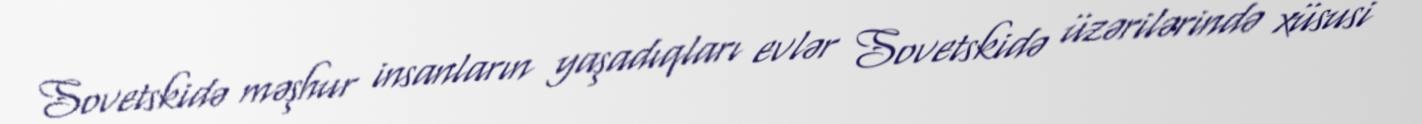
Sovetskidə məşhur insanların yaşadıqları evlər Sovetskidə üzərilərində xüsusi